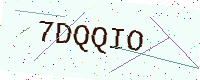
Text: 7DQQIO